Indian journal of veterinary science and animal husbandry - Volumes 15-17, 1948-1951
Year: 1948
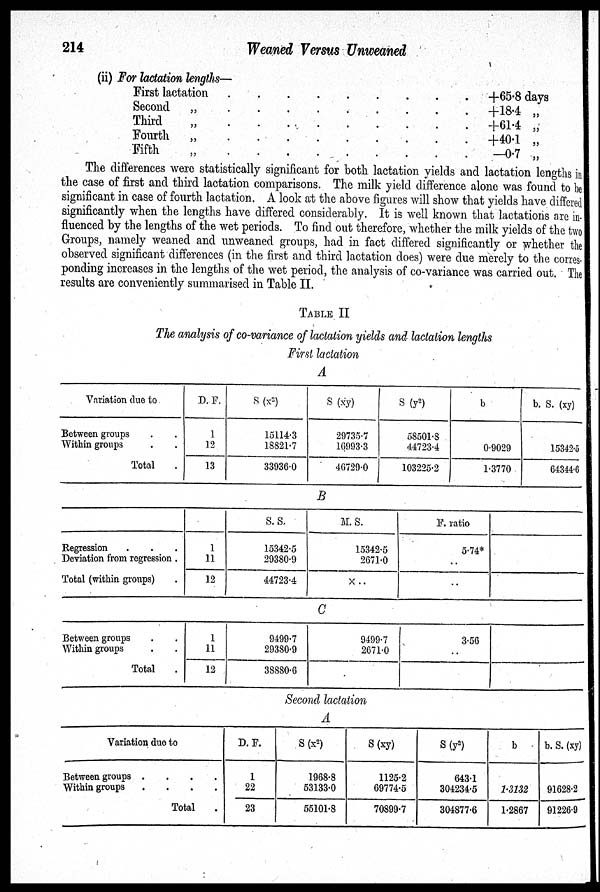
214
Weaned Versus Unweaned
(ii) For lactation lengths—
First lactation . . . . . . . . .
Second „ . . . . . . . . .
Third
„ . . . . . . . . .
Fourth „ . . . . . . . . .
Fifth
„ . . . . . . . . .
+65.8 days
+184 „
+61.4 „
+40.1 „
—0.7 „
The differences were statistically significant for both lactation yields and lactation lengths in
the case of first and third lactation comparisons. The milk yield difference alone was found to be
significant in case of fourth lactation. A look at the above figures will show that yields have differed
significantly when the lengths have differed considerably. It is well known that lactations are in-
fluenced by the lengths of the wet periods. To find out therefore, whether the milk yields of the two
Groups, namely weaned and unweaned groups, had in fact differed significantly or whether the
observed significant differences (in the first and third lactation does) were due merely to the corres-
ponding increases in the lengths of the wet period, the analysis of co-variance was carried out. The
results are conveniently summarised in Table II.
TABLE II
The analysis of co-variance of lactation yields and lactation lengths
First lactation
A
Variation due to
Between groups . .
Within groups . .
Total .
D. F.
1
12
13
S (x 2 )
15114.3
18821.7
33936.0
S (xy)
29735.7
16993.3
46729.0
s (y 2 )
58501.8
44723.4
103225.2
b
0.9029
1.3770
b. S. (xy)
15342.5
64344.6
B
Regression . . .
Deviation from regression .
Total (within groups) .
1
11
12
S. S.
15342.5
29380.9
44723.4
M. S.
15342.5
2671.0
× . .
F. ratio
5.74*
..
..
C
Between groups . .
Within groups . .
Total .
1
11
12
9499.7
29380.9
38880.6
9499.7
2671.0
3.56
..
Second lactation
A
Variation duo to
Between groups .
.
.
.
Within groups
.
.
.
.
Total .
D. F.
1
22
23
S (x 2 )
1968.8
53133.0
55101.8
S (xy)
1125.2
69774.5
70899.7
S (y 2 )
643.1
304234.5
304877.6
b
1.3132
1.2867
b. S. (xy)
91628.2
91226.9